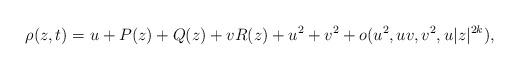
LaTeX: \begin{align*}\rho(z,t)=u+P(z)+Q(z)+vR(z)+u^2+v^2+o(u^2,uv,v^2,u|z|^{2k}),\end{align*}